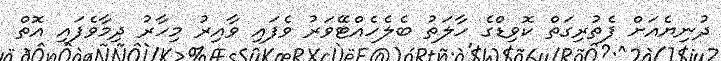
ދުނިޔެއަށް ފެތުރިގަތް ކޮވިޑްގެ ހާލަތު ބެލެހެއްޓޭވަރު ވެފައި ވާއިރު މިހާރު ދިމާވެފައި އޮތް